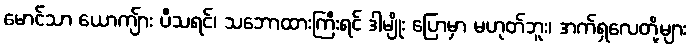
မောင်သာ ယောကျ်ား ပီသရင်၊ သဘောထားကြီးရင် ဒါမျိုး ပြောမှာ မဟုတ်ဘူး၊ အက်ရှလေတို့များ